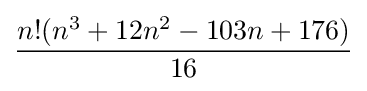
{\frac {n!(n^{3}+12n^{2}-103n+176)}{16}}